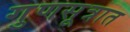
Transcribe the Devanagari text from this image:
गुणसूत्रात